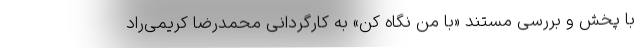
با پخش و بررسی مستند «با من نگاه کن» به کارگردانی محمدرضا کریمی‌راد